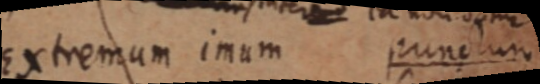
Extremum imum punctum